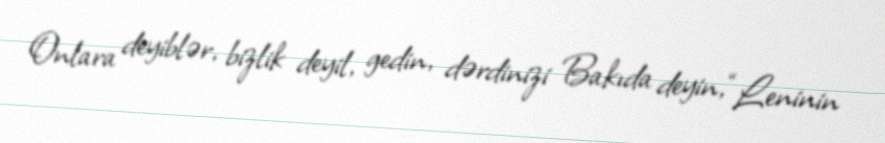
Onlara deyiblər, bizlik deyil, gedin, dərdinizi Bakıda deyin, “Leninin